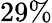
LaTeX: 29\%